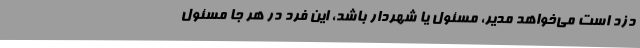
دزد است می‌خواهد مدیر، مسئول یا شهردار باشد، این فرد در هر جا مسئول